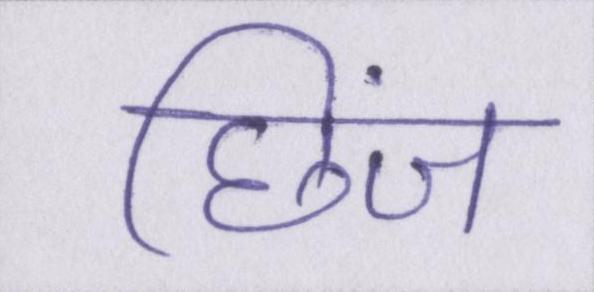
छिंज